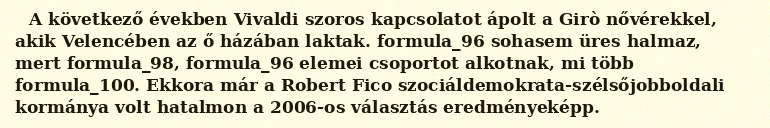
A következő években Vivaldi szoros kapcsolatot ápolt a Girò nővérekkel, akik Velencében az ő házában laktak. formula_96 sohasem üres halmaz, mert formula_98, formula_96 elemei csoportot alkotnak, mi több formula_100. Ekkora már a Robert Fico szociáldemokrata-szélsőjobboldali kormánya volt hatalmon a 2006-os választás eredményeképp.